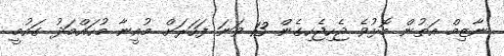
ނާޒިމް އަތުން މޮޅުވެ ޖެހިޖެހިގެން 13 ވަނަ ފަހަރަށް މުއީނާ މުހައްމަދު ގައުމީ